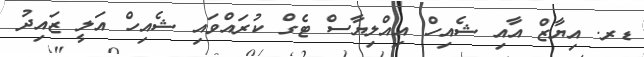
ޑރ. އިޔާޒް އާއި ޝެއިހް އިއްލިޔާސް ޓެގް ކުރައްވައި ޝެއިހް އަލީ ޒައިދު